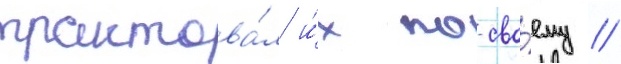
трактова́л и́х по-сво́ему //